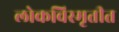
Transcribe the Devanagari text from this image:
लोकविस्मृतीत